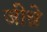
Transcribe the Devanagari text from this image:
जीन्ने